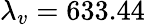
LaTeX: \lambda_{v}=633.44